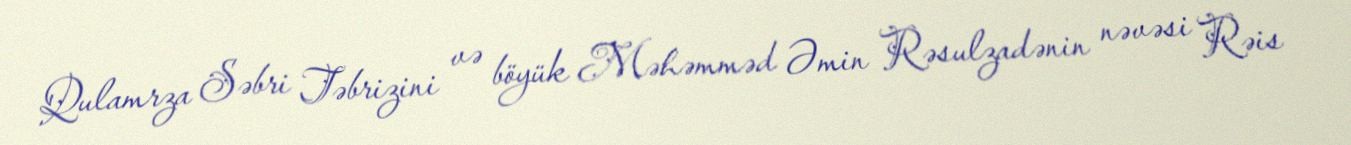
Qulamrza Səbri Təbrizini və böyük Məhəmməd Əmin Rəsulzadənin nəvəsi Rəis